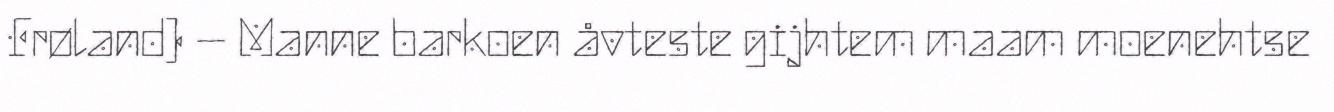
Frøland) – Manne barkoen åvteste gijhtem maam moenehtse